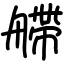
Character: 艜